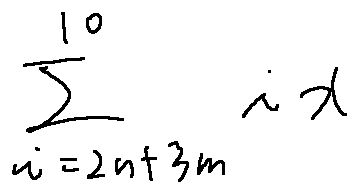
\sum \limits _ { i = 2 n + 3 m } ^ { 1 0 } i x